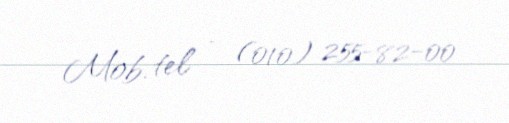
Mob. tel - (010) 255-82-00